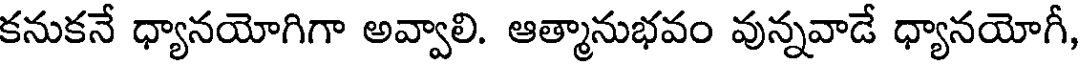
కనుకనే ధ్యానయోగిగా అవ్వాలి. ఆత్మానుభవం వున్నవాడే ధ్యానయోగీ,